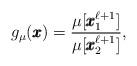
LaTeX: \begin{align*}g_\mu(\pmb{x})=\frac{\mu[\pmb{x}_1^{\ell+1}]}{\mu[\pmb{x}_2^{\ell+1}]},\end{align*}